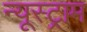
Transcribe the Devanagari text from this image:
न्यूस्ट्राम